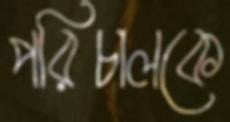
পরিচালকে